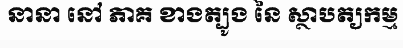
នានា នៅ ភាគ ខាងត្បូង នៃ ស្ថាបត្យកម្ម